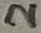
Text: 2